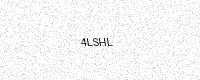
Text: 4LSHL